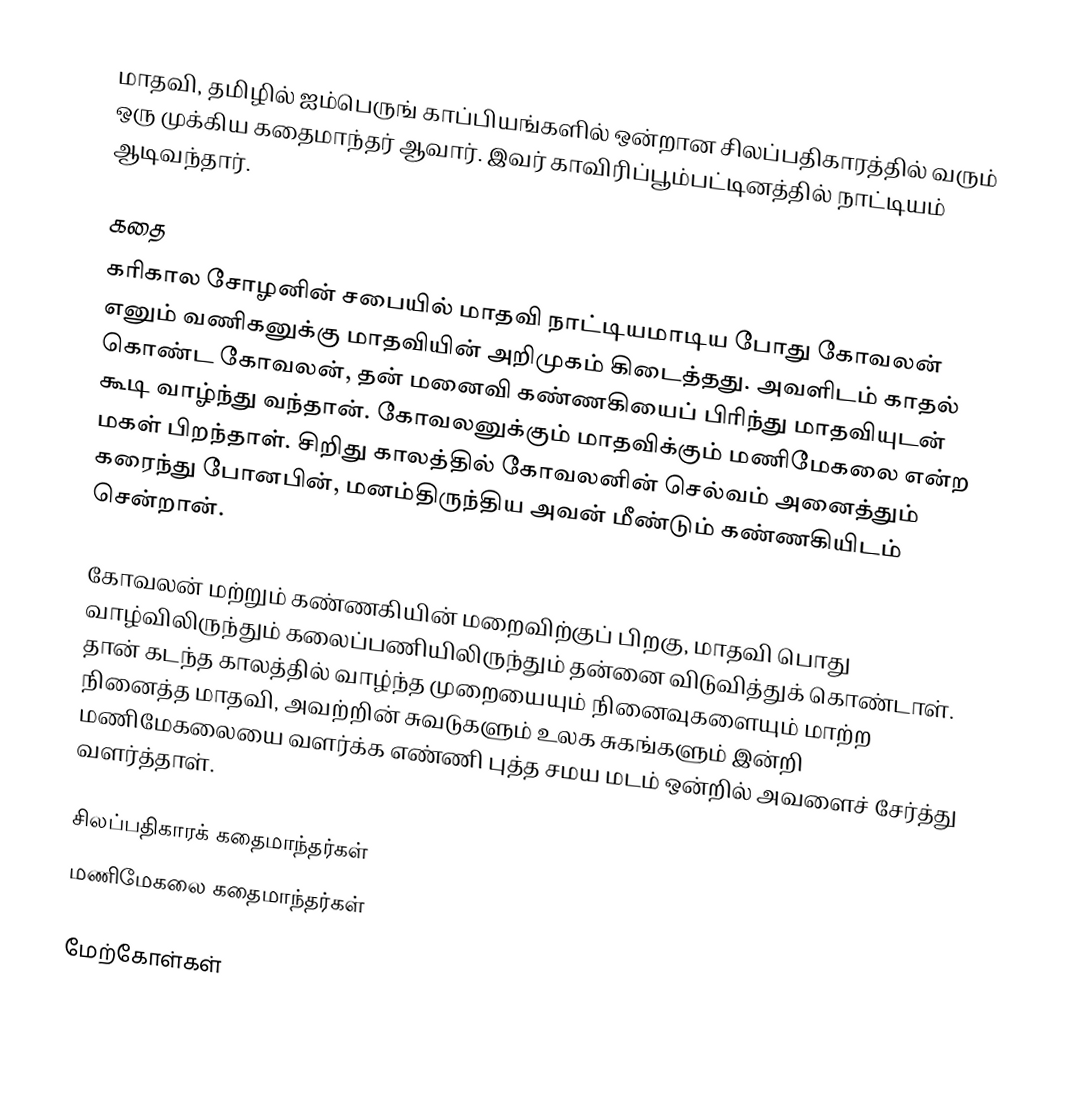
மாதவி, தமிழில் ஐம்பெருங் காப்பியங்களில் ஒன்றான சிலப்பதிகாரத்தில் வரும் ஒரு முக்கிய கதைமாந்தர் ஆவார். இவர் காவிரிப்பூம்பட்டினத்தில் நாட்டியம் ஆடிவந்தார்.

கதை
கரிகால சோழனின் சபையில் மாதவி நாட்டியமாடிய போது கோவலன் எனும் வணிகனுக்கு மாதவியின் அறிமுகம் கிடைத்தது. அவளிடம் காதல் கொண்ட கோவலன், தன் மனைவி கண்ணகியைப் பிரிந்து மாதவியுடன் கூடி வாழ்ந்து வந்தான். கோவலனுக்கும் மாதவிக்கும் மணிமேகலை என்ற மகள் பிறந்தாள். சிறிது காலத்தில் கோவலனின் செல்வம் அனைத்தும் கரைந்து போனபின், மனம்திருந்திய அவன் மீண்டும் கண்ணகியிடம் சென்றான்.

கோவலன் மற்றும் கண்ணகியின் மறைவிற்குப் பிறகு, மாதவி பொது வாழ்விலிருந்தும் கலைப்பணியிலிருந்தும் தன்னை விடுவித்துக் கொண்டாள். தான் கடந்த காலத்தில் வாழ்ந்த முறையையும் நினைவுகளையும் மாற்ற நினைத்த மாதவி, அவற்றின் சுவடுகளும் உலக சுகங்களும் இன்றி மணிமேகலையை வளர்க்க எண்ணி புத்த சமய மடம் ஒன்றில் அவளைச் சேர்த்து வளர்த்தாள்.

சிலப்பதிகாரக் கதைமாந்தர்கள்
மணிமேகலை கதைமாந்தர்கள்

மேற்கோள்கள்